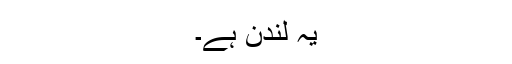
یہ لندن ہے۔